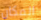
المكان